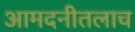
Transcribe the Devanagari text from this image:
आमदनीतलाच